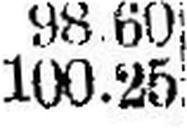
100.25